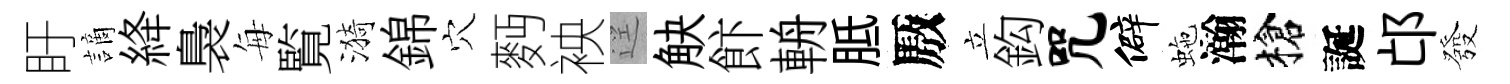
盱謫絳裊每覧漪錦穴麪䘧逕觖飰輈胝厫立鈎咒僻虵瀚槍誕邙發